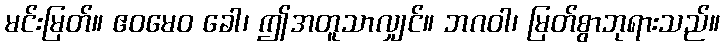
မင်းမြတ်။ ဧဝမေဝ ခေါ၊ ဤအတူသာလျှင်။ ဘဂဝါ၊ မြတ်စွာဘုရားသည်။